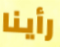
رأينا